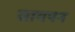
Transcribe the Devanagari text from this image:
सायपन